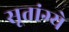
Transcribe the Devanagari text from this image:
सूतांग्ये